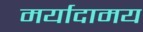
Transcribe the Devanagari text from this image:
मर्यादामय